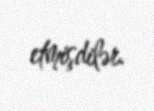
etmişdilər.